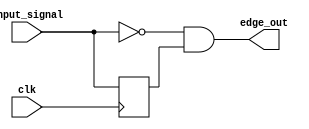
`timescale 1ns / 1ps
//////////////////////////////////////////////////////////////////////////////////
// Company: 
// Engineer: 
// 
// Design Name: 
// Module Name: edge_detector
// Project Name: 
// Target Devices: 
// Tool Versions: 
// Description: 
// 
// Dependencies: 
// 
// Revision:
// Revision 0.01 - File Created
// Additional Comments:
// 
//////////////////////////////////////////////////////////////////////////////////


module edge_detector(input clk, input_signal, output edge_out);
    
    reg previous_signal;
    
    always @ (posedge clk) begin
        previous_signal =  input_signal;        
    end
    
    assign edge_out = ~input_signal & previous_signal;
    
endmodule